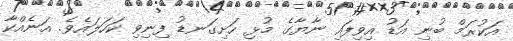
އަކުރަމް ބުނި އަޑު އިވިފައި ނާޔާގެ މުޅި ހަށިގަނޑު ފިނިވި ކަހަލައެވެ. އަނެއްކާ